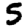
Digit: 5